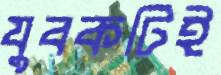
যুবকটিই